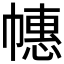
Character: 𱜵